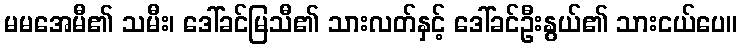
မမအေမီ၏ သမီး၊ ဒေါ်ခင်မြသီ၏ သားလတ်နှင့် ဒေါ်ခင်ဦးနွယ်၏ သားငယ်ပေ။